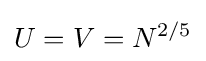
U=V=N^{2/5}